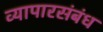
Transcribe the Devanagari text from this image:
व्यापारसंबंध